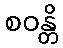
စဝန္တိ